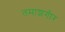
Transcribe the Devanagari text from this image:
तमाशगीर